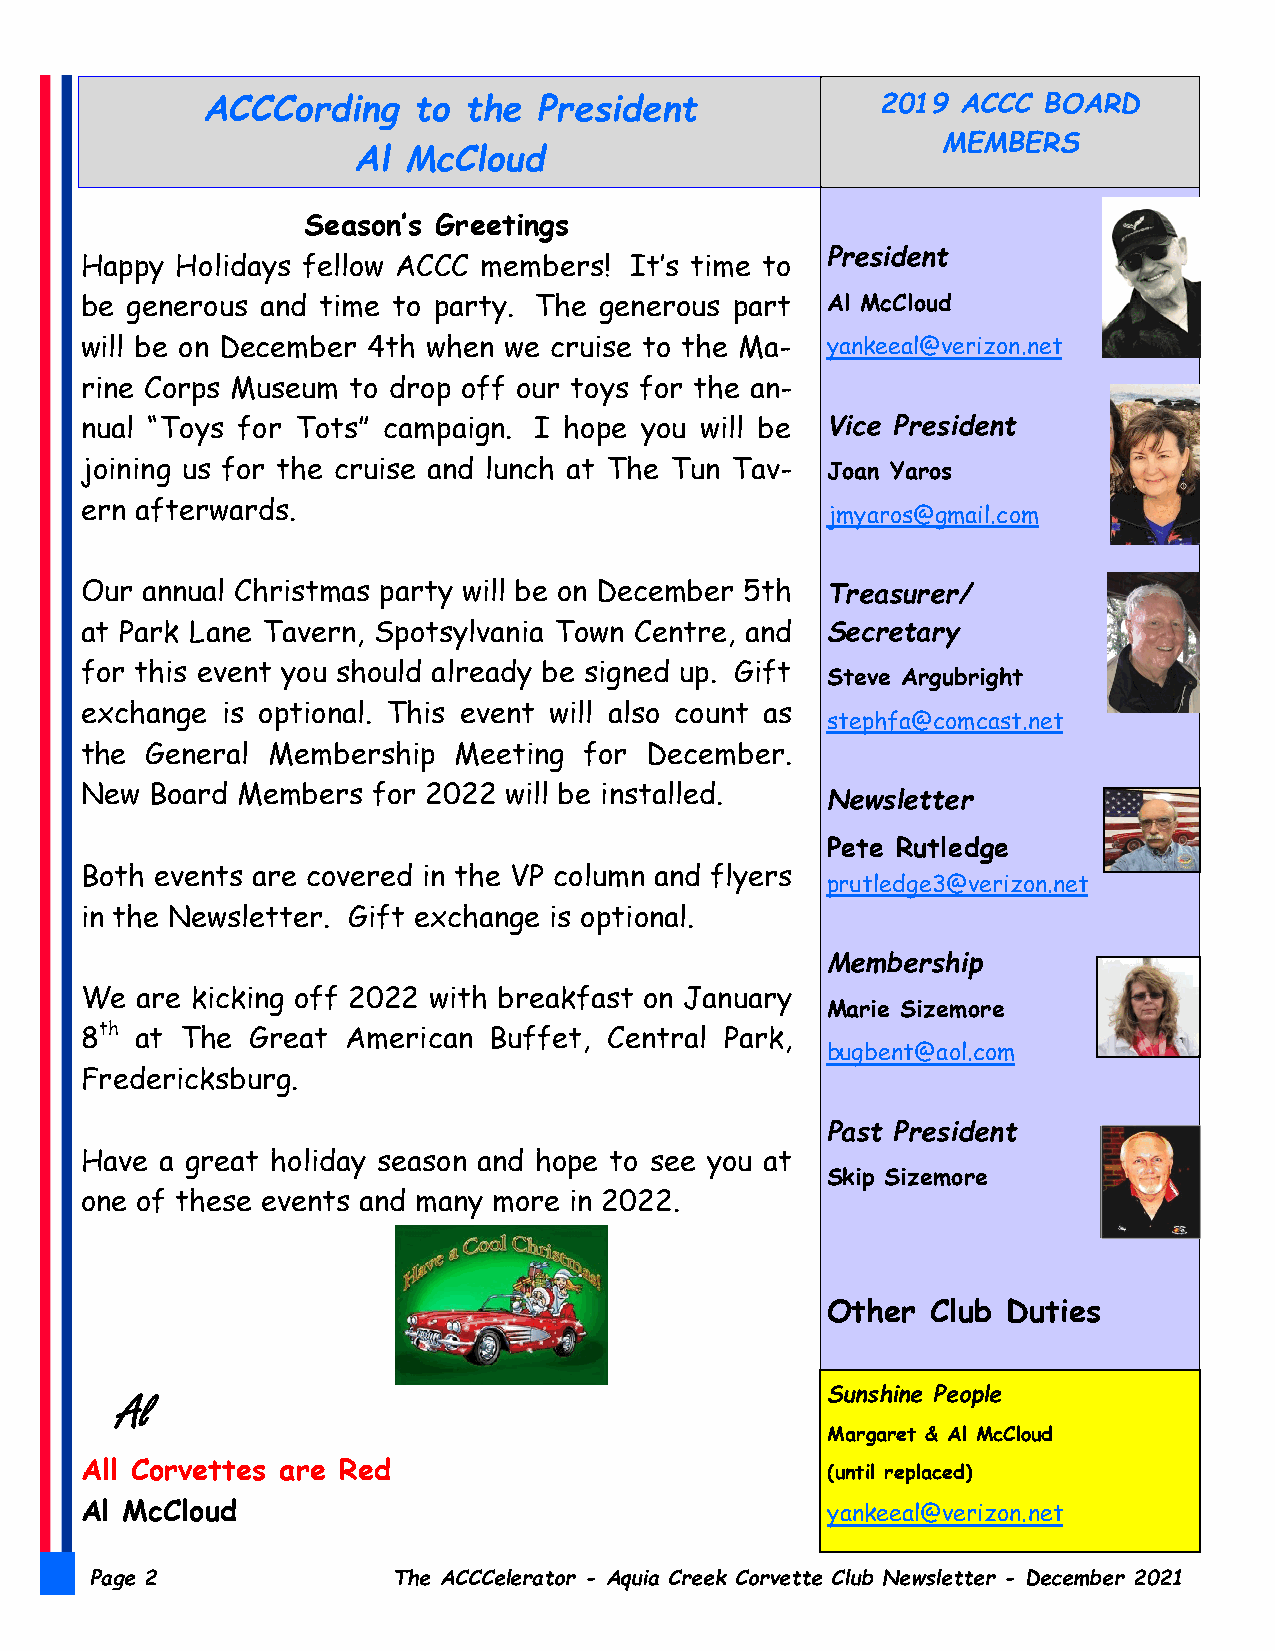
ACCCording    to  the  President             2019  ACCC BOARD
 MEMBERS
 Al  McCloud
 Season’s Greetings
 President
 Happy  Holidays fellow ACCC members! It’s time to
 be generous and time to party. The generous part  Al McCloud
 will be on December 4th when we cruise to the Ma- yankeeal@verizon.net
 rine Corps Museum to drop off our toys for the an-
 nual “Toys for Tots” campaign. I hope you will be Vice President
 joining us for the cruise and lunch at The Tun Tav- Joan Yaros
 ern afterwards.
 jmyaros@gmail.com
 Our annual Christmas party will be on December 5th Treasurer/
 at Park Lane Tavern, Spotsylvania Town Centre, and Secretary
 for this event you should already be signed up. Gift
 Steve Argubright
 exchange  is optional. This event will also count as
 stephfa@comcast.net
 the  General Membership  Meeting  for December.
 New  Board Members  for 2022 will be installed.   Newsletter
 Pete Rutledge
 Both events are covered in the VP column and flyers
 prutledge3@verizon.net
 in the Newsletter. Gift exchange is optional.
 Membership
 We  are kicking off 2022 with breakfast on January
 Marie Sizemore
 8th at The  Great American Buffet, Central Park,
 bugbent@aol.com
 Fredericksburg.
 Past President
 Have  a great holiday season and hope to see you at
 Skip Sizemore
 one of these events and many more in 2022.
 Other  Club Duties
 Sunshine People
 Al
 Margaret & Al McCloud
 All Corvettes are Red                             (until replaced)
 Al McCloud                                        yankeeal@verizon.net
 Page 2              The ACCCelerator - Aquia Creek Corvette Club Newsletter - December 2021